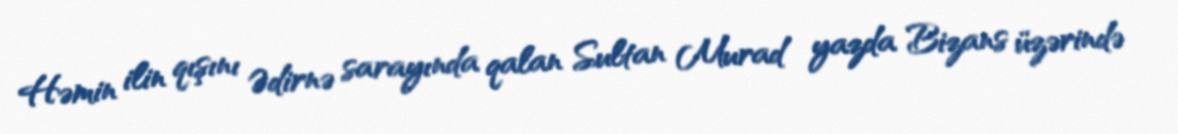
Həmin ilin qışını Ədirnə sarayında qalan Sultan Murad yazda Bizans üzərində